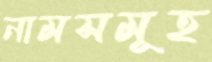
নামসমূহ